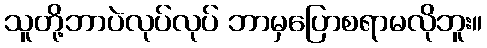
သူတို့ဘာပဲလုပ်လုပ် ဘာမှပြောစရာမလိုဘူး။